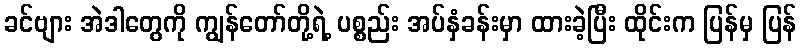
ခင်ဗျား အဲဒါတွေကို ကျွန်တော်တို့ရဲ့ ပစ္စည်း အပ်နှံခန်းမှာ ထားခဲ့ပြီး ထိုင်းက ပြန်မှ ပြန်